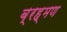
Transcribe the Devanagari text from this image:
ब्रह्मण